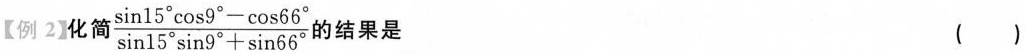
【例 2】化简$$\frac{\sin 15^{\circ}\cos 9^{\circ}- \cos 66^{\circ}}{\sin 15^{\circ}\sin 9^{\circ}+ \sin 66^{\circ}}$$ 的结果是 ( )